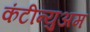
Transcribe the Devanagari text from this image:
कंटीन्युअम